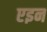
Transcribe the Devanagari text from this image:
एइन